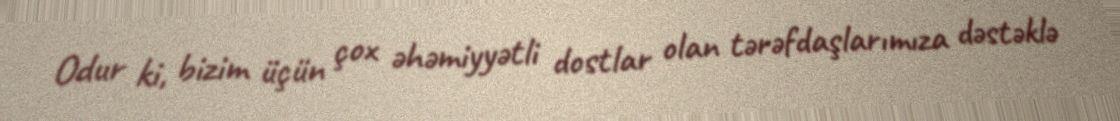
Odur ki, bizim üçün çox əhəmiyyətli dostlar olan tərəfdaşlarımıza dəstəklə